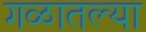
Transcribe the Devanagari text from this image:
गळातल्या